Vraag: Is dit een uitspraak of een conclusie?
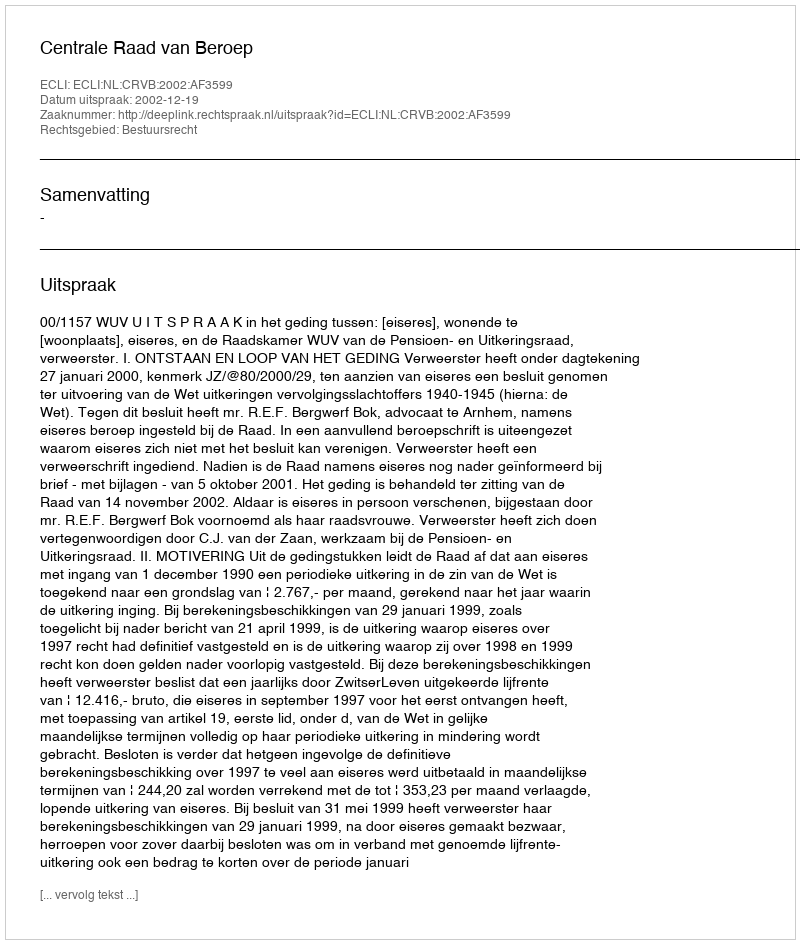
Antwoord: Uitspraak